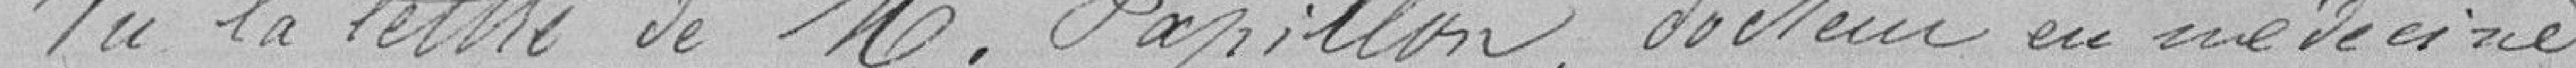
Vu la lettre de Monsieur Paillon, docteur en mèdecine